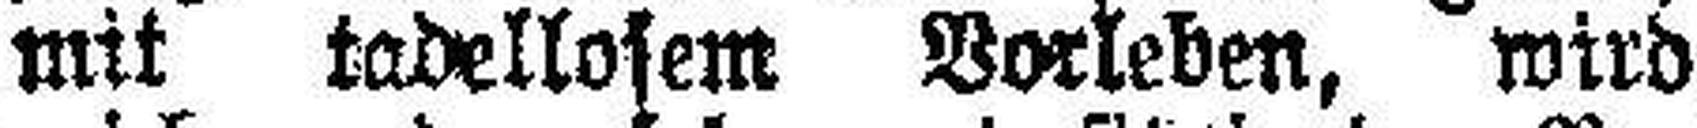
mit tadellosem Vorleben, wird